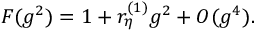
F ( g ^ { 2 } ) = 1 + r _ { \eta } ^ { ( 1 ) } g ^ { 2 } + { \cal O } ( g ^ { 4 } ) .